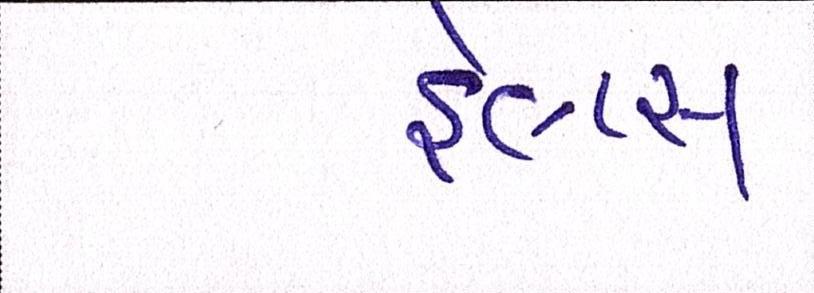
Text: ફેલ્પ્સ